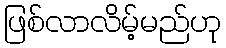
ဖြစ်လာလိမ့်မည်ဟု